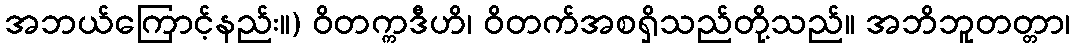
အဘယ်ကြောင့်နည်း။) ဝိတက္ကဒီဟိ၊ ဝိတက်အစရှိသည်တို့သည်။ အဘိဘူတတ္တာ၊